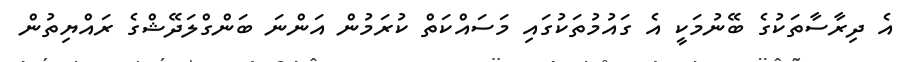
އެ ދިރާސާތަކުގެ ބޭނުމަކީ އެ ގައުމުތަކުގައި މަސައްކަތް ކުރަމުން އަންނަ ބަންގްލަދޭޝްގެ ރައްޔިތުން